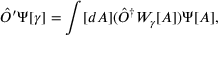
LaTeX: { \hat { O } } ^ { \prime } \Psi [ \gamma ] = \int [ d A ] ( { \hat { O } } ^ { \dagger } W _ { \gamma } [ A ] ) \Psi [ A ] ,